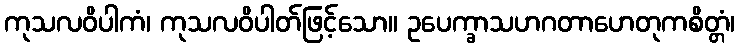
ကုသလဝိပါကံ၊ ကုသလဝိပါတ်ဖြင့်သော။ ဥပေက္ခာသဟဂတာဟေတုကစိတ္တံ၊